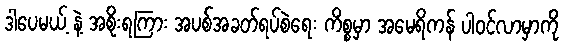
ဒါပေမယ့် နဲ့ အစိုးရကြား အပစ်အခတ်ရပ်စဲရေး ကိစ္စမှာ အမေရိကန် ပါဝင်လာမှာကို